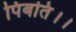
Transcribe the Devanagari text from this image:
पिबति।।